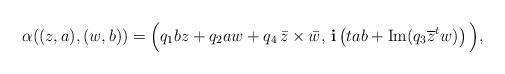
LaTeX: \begin{align*}\alpha((z,a),(w,b))=\Big( q_{1}bz+q_{2}aw+q_{4}\,\bar z\times \bar w ,\, \mathbf{i} \left(tab+\mathrm{Im}(q_{3}\overline{z}^tw)\right)\Big),\end{align*}